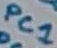
Text: PC1